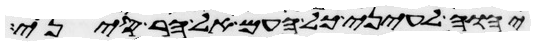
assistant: יהוה לעיני כל העם אל הר סיני